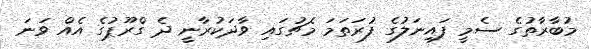
މުބާރާތުގެ ސެމީ ފައިނަލުގެ ފުރަތަމަ މެޗުގައި ވާދަކުރާނީ ދެ ގްރޫޕުގެ އެއް ވަނަ